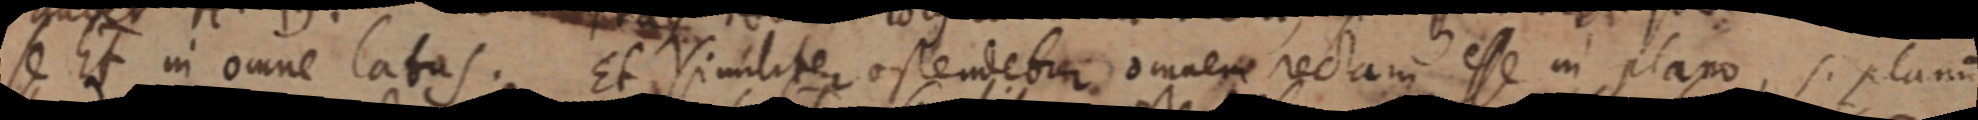
se Et in omne latus. Et similiter ostendetur omnere rectam esse in plano, si planum